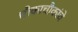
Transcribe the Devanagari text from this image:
चौकाचौकांचे